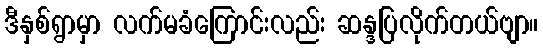
ဒီနှစ်ရွာမှာ လက်မခံကြောင်းလည်း ဆန္ဒပြလိုက်တယ်ဗျာ။